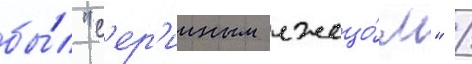
бы́л "с'ер'ииным лжецо́м" /